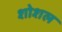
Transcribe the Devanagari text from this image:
शोशल